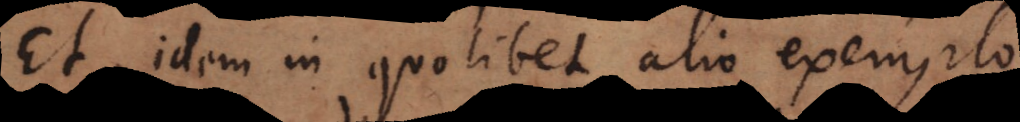
Et idem in quolibet alio exemplo